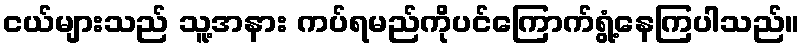
ငယ်များသည် သူ့အနား ကပ်ရမည်ကိုပင်ကြောက်ရွံ့နေကြပါသည်။